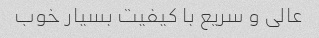
عالی و سریع با کیفیت بسیار خوب